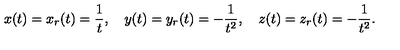
x ( t ) = x _ { r } ( t ) = { \frac { 1 } { t } } , \quad y ( t ) = y _ { r } ( t ) = - { \frac { 1 } { t ^ { 2 } } } , \quad z ( t ) = z _ { r } ( t ) = - { \frac { 1 } { t ^ { 2 } } } .